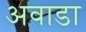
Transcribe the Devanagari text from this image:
अवाडा